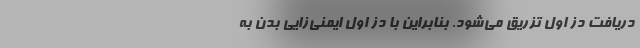
دریافت دُز اول تزریق می‌شود. بنابراین با دُز اول ایمنی‌زایی بدن به